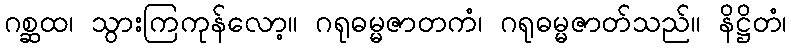
ဂစ္ဆထ၊ သွားကြကုန်လော့။ ဂရုဓမ္မဇာတကံ၊ ဂရုဓမ္မဇာတ်သည်။ နိဋ္ဌိတံ၊